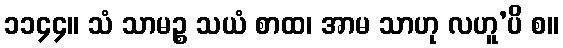
၁၁၄၄။ သံ သာမဉ္စ သယံ စာထ၊ အာမ သာဟု လဟူ’ပိ စ။